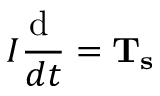
I \frac { { \mathrm { { d } } { \bf { \omega } } } } { { d t } } = { { \bf { T } } _ { \bf { s } } }